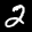
Label: 2